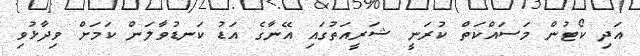
އަދި ކޯޓުން މަސައްކަތް ކުރަނީ ޝަރީއަތުގައި އޭނާގެ އަޑު ކަނޑުވާލަން ކަމަށް ވިދާޅުވި